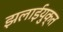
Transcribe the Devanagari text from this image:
झलाईयुक्त